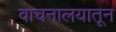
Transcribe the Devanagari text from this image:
वाचनालयातून